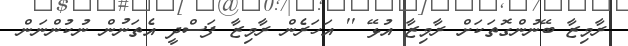
ރާމިޒާ ބޭނުންގޮތަކަށް ރާމިޒާ އުޅޭ '' އަހަރެން ރާމިޒާ ފަސްދީ އެތަނުން ނުކުންނަން